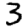
Digit: 3